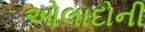
ઓલાદોની